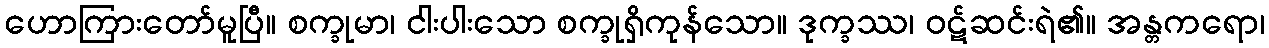
ဟောကြားတော်မူပြီ။ စက္ခုမာ၊ ငါးပါးသော စက္ခုရှိကုန်သော။ ဒုက္ခဿ၊ ဝဋ်ဆင်းရဲ၏။ အန္တကရော၊